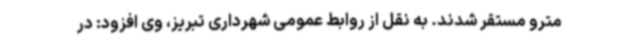
مترو مستقر شدند. به نقل از روابط عمومی شهرداری تبریز، وی افزود: در